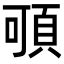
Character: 𩑸